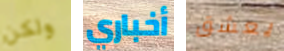
ولكن أخباري يعشق